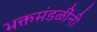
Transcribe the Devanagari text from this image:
भक्तमंडळींनी